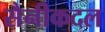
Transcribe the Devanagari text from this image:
सैनीकदल